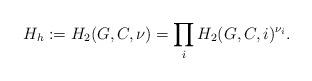
LaTeX: \begin{align*} H_h := H_2(G, C,\nu) = \prod_i H_2(G, C,i)^{\nu_i}. \end{align*}